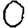
Digit: 0